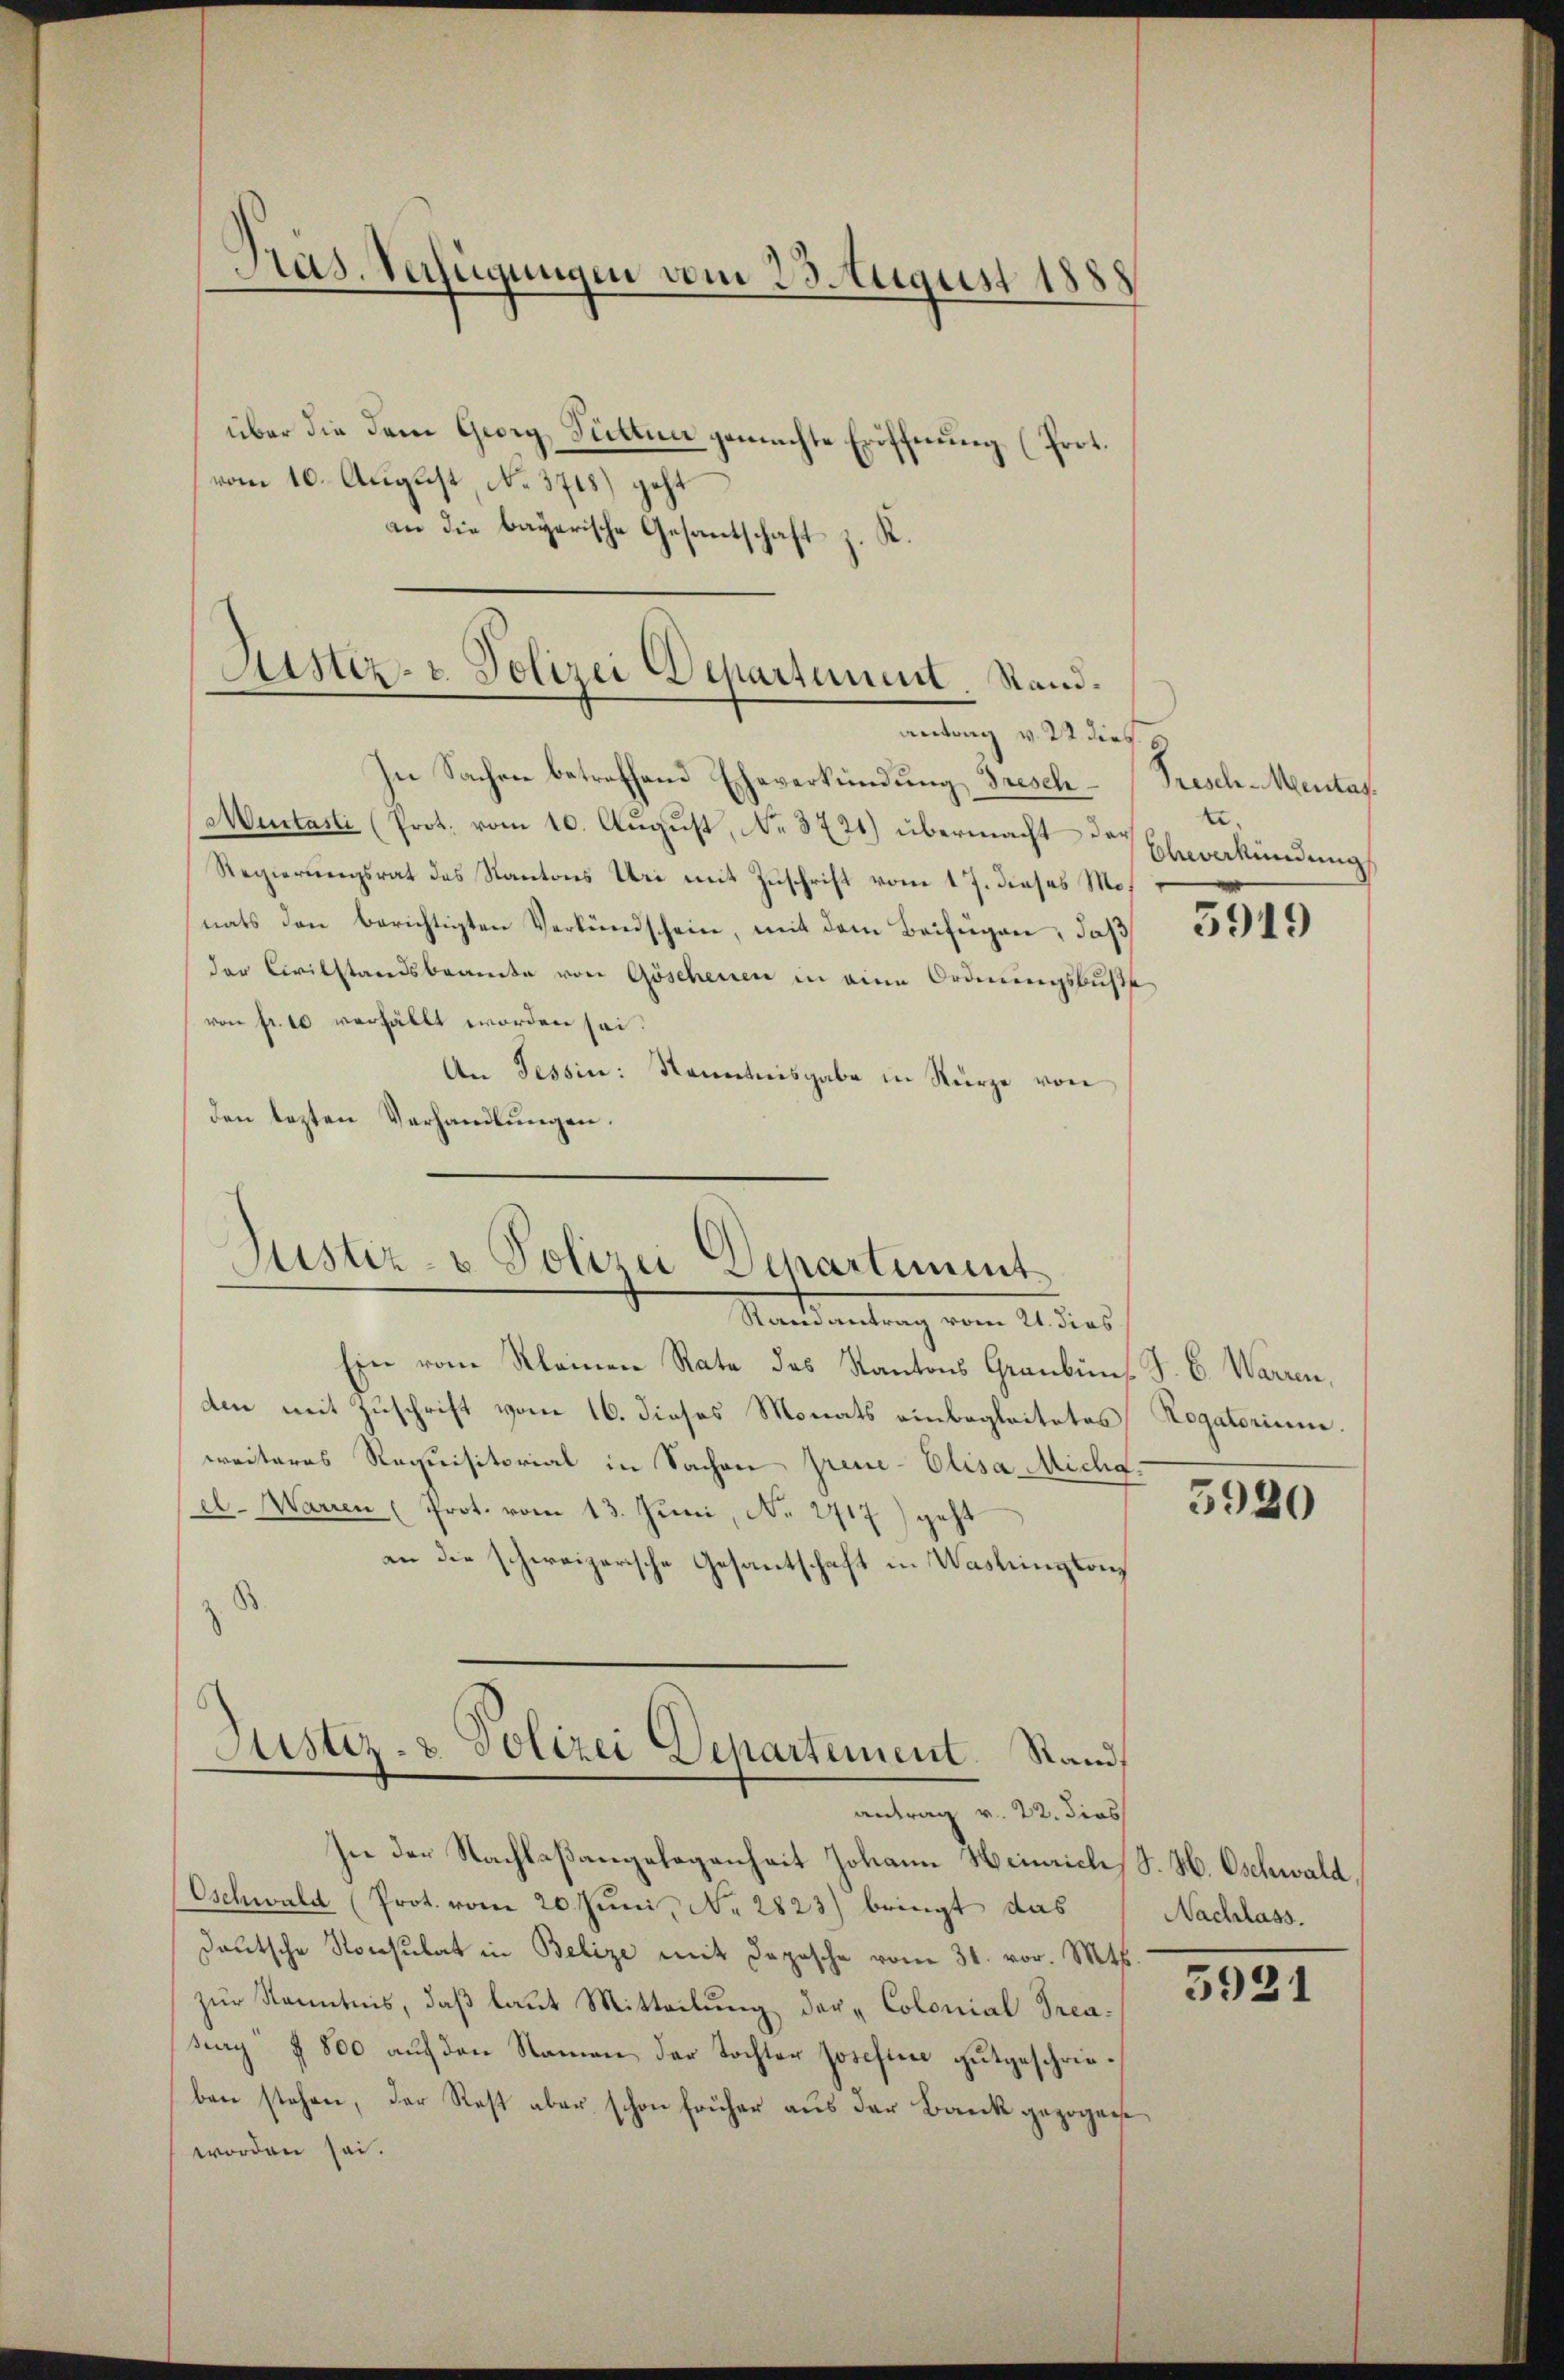
Pras. Verfügungen vom 23. August 1888

über die dem Georg, Fütten gemachte Eröffnung (Prot.
vom 10. August, No. 3715) geht
an die bayerische Gesantschaft z. K.

Justiz- & Polizei Departement. Stand.
antrag v. 22 dies

In Sachen betreffend Eheverkündung Dresch
Muntasti (Prot. vom 10. August, No 3721) übermacht der
Regierungsrat des Kantons Uri mit Zuschrift vom 17. dieses Monats den berichtigten Verkündschein, mit dem Beifügen, daß
der Civilstandsbeamte von Göschenen in eine Ordnungsbuße
von fr. 10 verfällt worden sei.
An Tessin: Kenntnisgabe in Kürze von
den lezten Verhandlungen.
Justiz- & Polizei Departiment
Stand mitung vom 2 des
Ein vom Kleinen Rate des Kantons Graubüns. J. C. Warren,
den mit Zuschrift vom 16. dieses Monats einbegleitetes Rogatorium.
weiteres Requisitorial in Sachen Greue-Elisa Micha
el. Warren (Prot. vom 13. Juni, No 2717) geht
an die schweizerische Gesantschaft in Washingtons

Justiz- & Polizei Departement. Stand,
antrag v. 22. dies

In der Nachlaßangelegenheit Johann Heinrich, S. H. Oschwald,
Oschwald (Prot. vom 20. Juni, No. 2823) bringt das
deutsche Konsulat in Belize mit Depesche vom 31. vor. Mts.
zur Kenntnis, daß laut Mitteilung der „Colonial Prea¬
Fray § 800 auf den Namen der Tochter Josefinie gutgeschrieben stehen, der Rest aber schon früher aus der Bank gezogene
worden sei.

Frisch-Mentas.
t.
Oberkündung

3919

5920

Nachlass.

5921